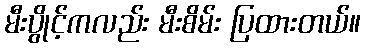
မီးပွိုင့်ကလည်း မီးစိမ်း ပြထားတယ်။